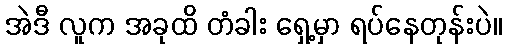
အဲဒီ လူက အခုထိ တံခါး ရှေ့မှာ ရပ်နေတုန်းပဲ။